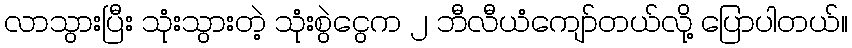
လာသွားပြီး သုံးသွားတဲ့ သုံးစွဲငွေက ၂ ဘီလီယံကျော်တယ်လို့ ပြောပါတယ်။